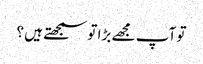
تو آپ مجھے بڑا تو سمجھتے ہیں ؟